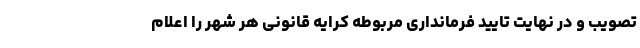
تصویب و در نهایت تایید فرمانداری مربوطه کرایه قانونی هر شهر را اعلام